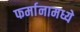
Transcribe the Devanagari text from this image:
फर्मानामध्ये